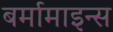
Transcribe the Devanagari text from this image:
बर्मामाइन्स